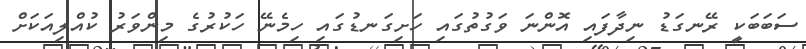
ސަބަބަކީ ރޭނގަޑު ނިދާފައި އޮންނަ ވަގުތުގައި ހަށިގަނޑުގައި ހިމެނޭ ހަކުރުގެ މިންވަރު ކުއްލިއަކަށް